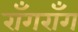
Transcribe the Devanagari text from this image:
राँगराँग